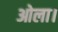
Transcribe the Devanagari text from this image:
ओला।